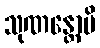
သုဏန္တောပိ